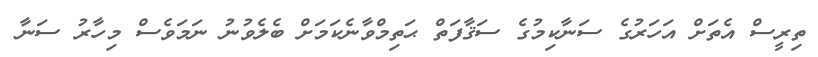
ތިރީސް އެތަށް އަހަރުގެ ސަނާކިމުގެ ސަޤާފަތް ޙަތިމްވާނެކަމަށް ބެލެވުނު ނަމަވެސް މިހާރު ސަނާ